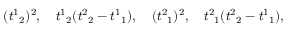
( { t ^ { 1 } } _ { 2 } ) ^ { 2 } , \quad { t ^ { 1 } } _ { 2 } ( { t ^ { 2 } } _ { 2 } - { t ^ { 1 } } _ { 1 } ) , \quad ( { t ^ { 2 } } _ { 1 } ) ^ { 2 } , \quad { t ^ { 2 } } _ { 1 } ( { t ^ { 2 } } _ { 2 } - { t ^ { 1 } } _ { 1 } ) ,